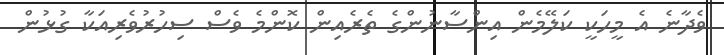
ވެދާނެ އެ މީހަކީ ކަލޭމެން އިންސާނުންގެ ތެރެއިން ކޮންމެ ވެސް ސިހުރުވެރިއަކާ ގުޅުން